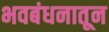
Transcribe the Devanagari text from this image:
भवबंधनातून